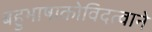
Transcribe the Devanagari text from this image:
बहुभाषाकोविदत्वाने